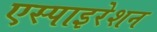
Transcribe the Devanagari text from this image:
एस्पाइरेशन